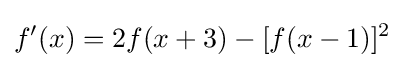
f'(x)=2f(x+3)-[f(x-1)]^{2}